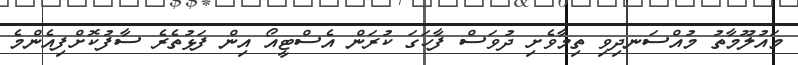
މައުލޫމާތު މުއްސަނދިވި ތިމާވެށި ދުވަސް ފާހަގަ ކުރަން އެސްޓީއޯ އިން ފަޅުތެރެ ސާފުކޮށްފިއެންމެ